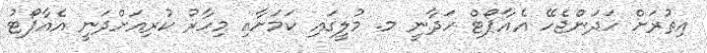
އިތުރަށް ހަދަންޖެހޭ އެއާޕޯޓް ހަދާނީ މ. މުލީގައި ކަމަށާއި މިހާރު ކުރިއަށްދަނީ އެއާޕޯޓު